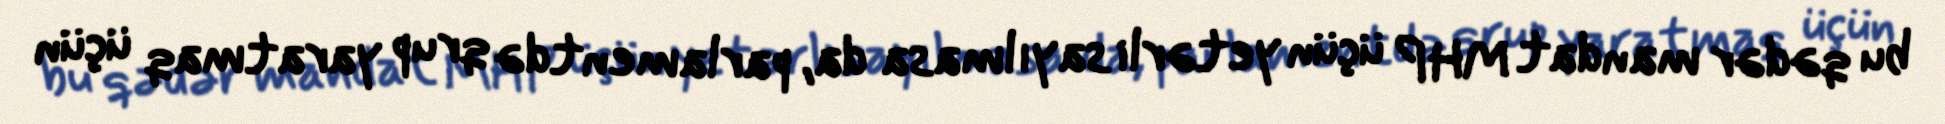
bu qədər mandat MHP üçün yetərli sayılmasa da, parlamentdə qrup yaratmaq üçün